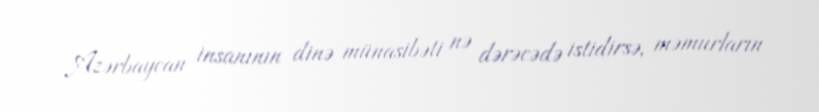
Azərbaycan insanının dinə münasibəti nə dərəcədə istidirsə, məmurların